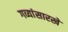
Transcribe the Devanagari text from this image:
गव्यांसारखे